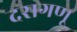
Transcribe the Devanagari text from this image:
दसगणू